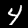
Digit: 4